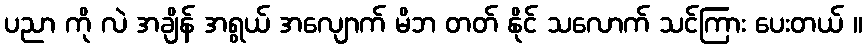
ပညာ ကို လဲ အချိန် အရွယ် အလျောက် မိဘ တတ် နိုင် သလောက် သင်ကြား ပေးတယ် ။